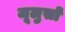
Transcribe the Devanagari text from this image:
जूलुसों